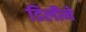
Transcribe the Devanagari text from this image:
डिलौने